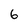
Character: 6